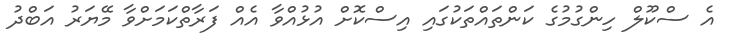
އެ ސްކޫލް ހިންގުމުގެ ކަންތައްތަކުގައި އިސްކޮށް އުޅުއްވާ އެއް ފަރާތްކަމަށްވާ މޭޔަރު އަބްދު